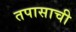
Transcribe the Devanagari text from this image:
तपासाची